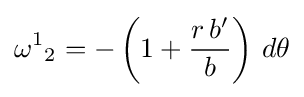
{\omega ^{1}}_{2}=-\left(1+{\frac {r\,b'}{b}}\right)\,d\theta